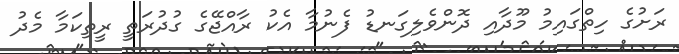
ރަށުގެ ހިތްގައިމު މޫދާއި ދޮންވެލިގަނޑު ފެނުމާ އެކު ރާއްޖޭގެ ގުދުރަތީ ރީތިކަމާ މެދު